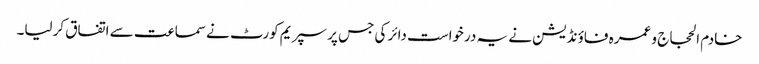
خادم الحجاج و عمرہ فاؤنڈیشن نے یہ درخواست دائر کی جس پر سپریم کورٹ نے سماعت سے اتفاق کرلیا۔